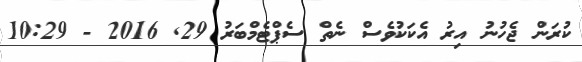
ކުރަން ޖެހުނު އިރު އެކަކުވެސް ނެތް ސެޕްޓެމްބަރު 29